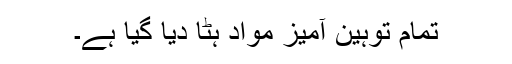
تمام توہین آمیز مواد ہٹا دیا گیا ہے۔